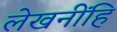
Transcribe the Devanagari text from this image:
लेखनींहि